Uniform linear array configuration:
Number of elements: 64
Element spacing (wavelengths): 0.75
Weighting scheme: binomial
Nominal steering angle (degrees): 45
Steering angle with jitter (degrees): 43.441
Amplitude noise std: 0.05
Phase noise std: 0.05

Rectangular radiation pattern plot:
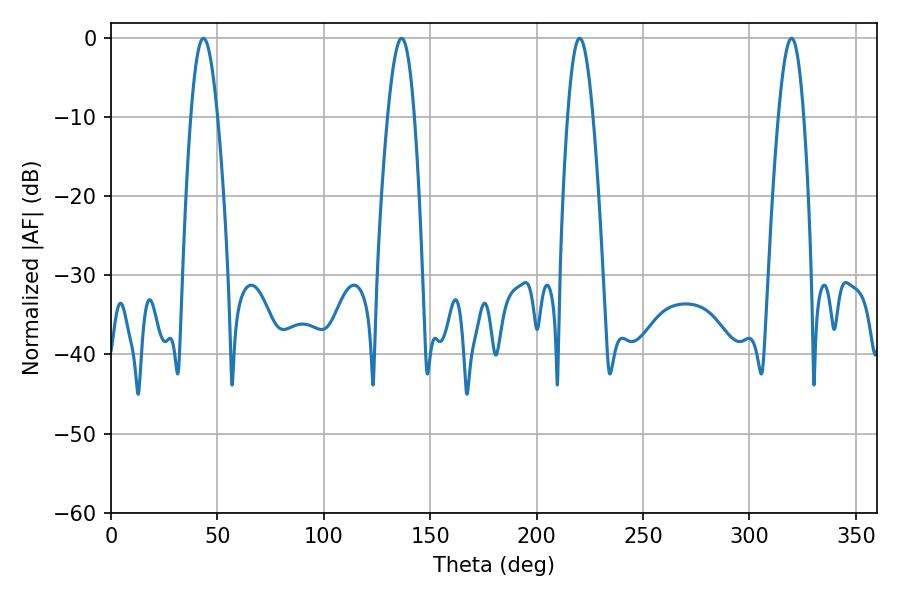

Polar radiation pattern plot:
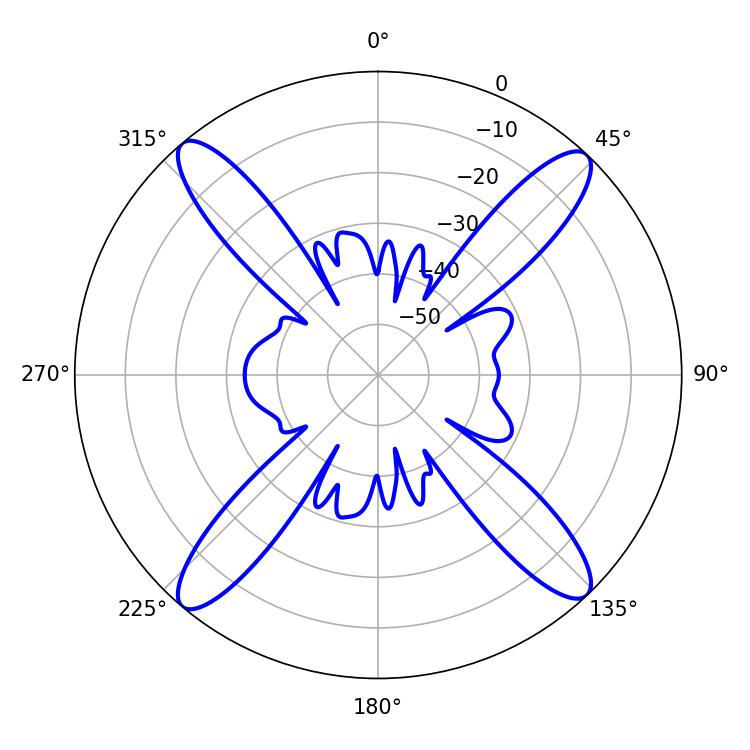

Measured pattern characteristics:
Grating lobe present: TRUE
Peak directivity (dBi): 20.163
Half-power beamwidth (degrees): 6.84
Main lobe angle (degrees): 43.38